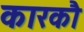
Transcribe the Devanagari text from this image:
कारकौ